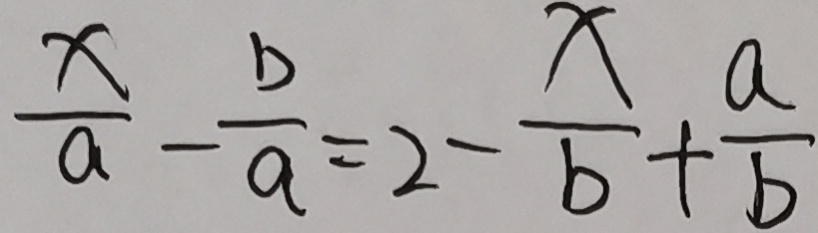
\frac { x } { a } - \frac { b } { a } = 2 - \frac { x } { b } + \frac { a } { b }